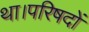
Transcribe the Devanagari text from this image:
था।परिषदों